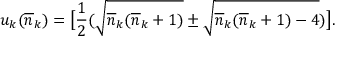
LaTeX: u _ { k } ( \overline { { { n } } } _ { k } ) = \bigl [ \frac { 1 } { 2 } ( \sqrt { \overline { { { n } } } _ { k } ( \overline { { { n } } } _ { k } + 1 ) } \pm \sqrt { \overline { { { n } } } _ { k } ( \overline { { { n } } } _ { k } + 1 ) - 4 } ) \bigr ] .